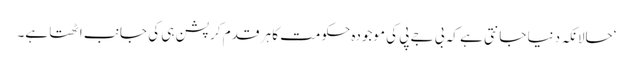
‘حالانکہ دنیا جانتی ہے کہ بی جے پی کی موجودہ حکومت کا ہر قدم کرپشن ہی کی جانب اٹھتا ہے۔